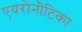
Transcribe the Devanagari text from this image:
एयरोनौटिका